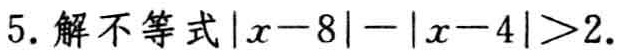
5. 解不等式\(\vert x - 8\vert - \vert x - 4\vert > 2\).